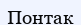
Понтак